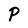
Character: P